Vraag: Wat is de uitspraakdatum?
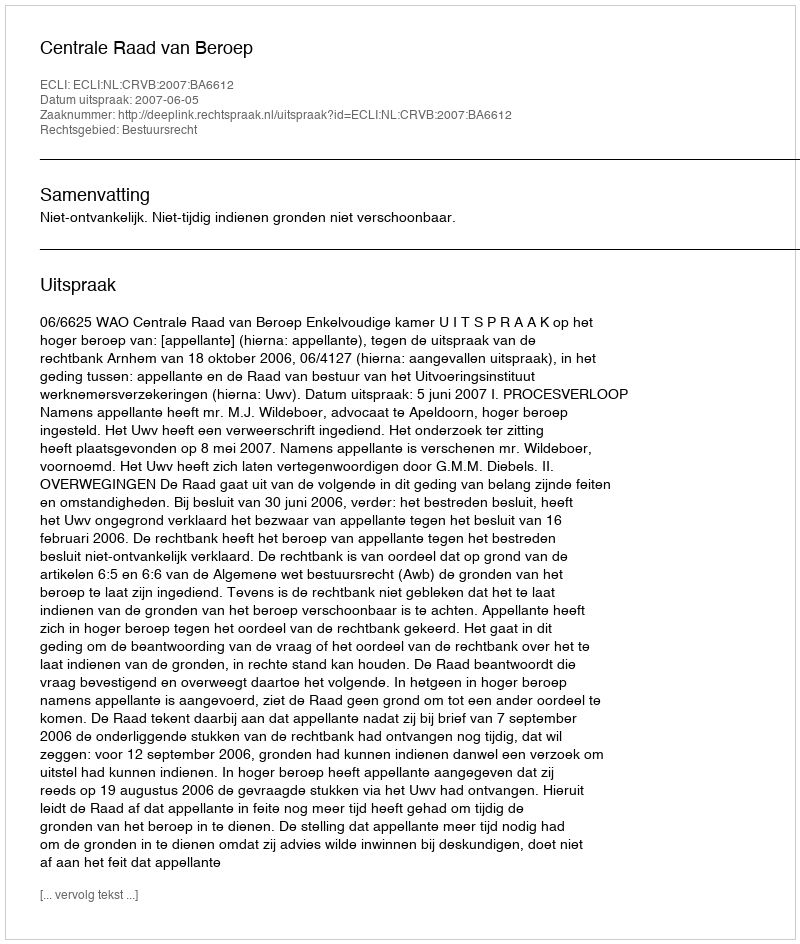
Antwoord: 2007-06-05